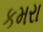
કમરા